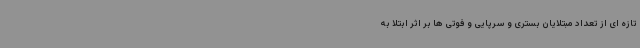
تازه ای از تعداد مبتلایان بستری و سرپایی و فوتی ها بر اثر ابتلا به